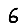
Digit: 6